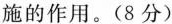
施的作用。(8分)